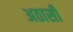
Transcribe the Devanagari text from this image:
अठासी